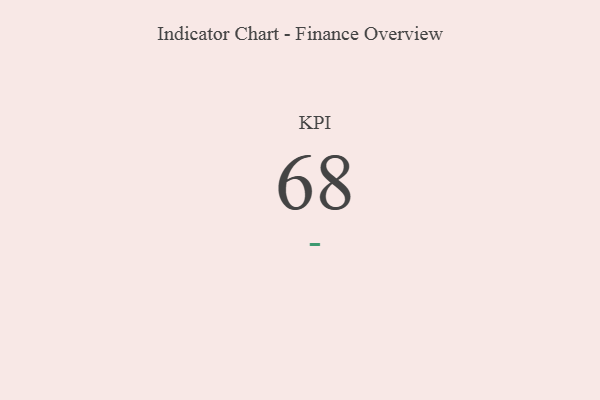
{"axis": {"x": "KPI", "y": "Value"}, "legend": [""], "data": [{"x": "KPI", "y": 68, "type": ""}]}